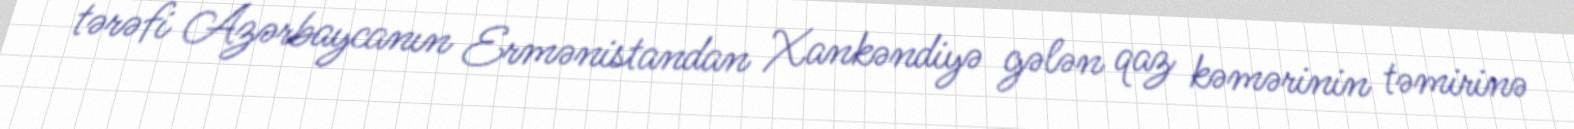
tərəfi Azərbaycanın Ermənistandan Xankəndiyə gələn qaz kəmərinin təmirinə